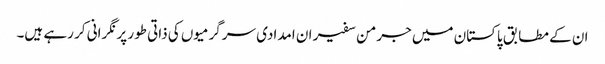
ان کے مطابق پاکستان میں جرمن سفیر ان امدادی سرگرمیوں کی ذاتی طور پر نگرانی کر رہے ہیں۔